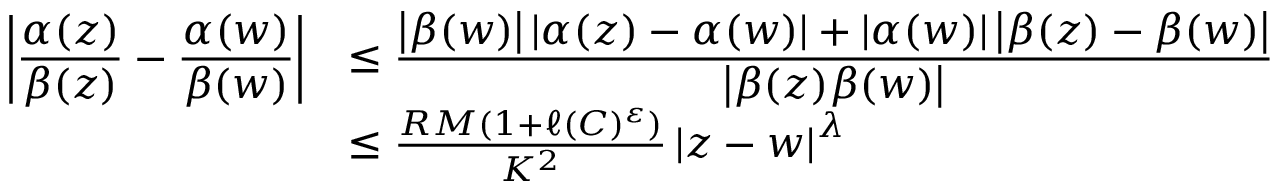
\begin{array} { r l } { \displaystyle \left\lvert \frac { \alpha ( z ) } { \beta ( z ) } - \frac { \alpha ( w ) } { \beta ( w ) } \right\rvert } & { \leq \frac { \displaystyle \left\lvert \beta ( w ) \right\rvert \displaystyle \left\lvert \alpha ( z ) - \alpha ( w ) \right\rvert + \displaystyle \left\lvert \alpha ( w ) \right\rvert \displaystyle \left\lvert \beta ( z ) - \beta ( w ) \right\rvert } { \displaystyle \left\lvert \beta ( z ) \beta ( w ) \right\rvert } } \\ & { \leq \frac { R M ( 1 + \ell ( C ) ^ { \varepsilon } ) } { K ^ { 2 } } \displaystyle \left\lvert z - w \right\rvert ^ { \lambda } } \end{array}